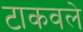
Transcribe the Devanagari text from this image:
टाकवले